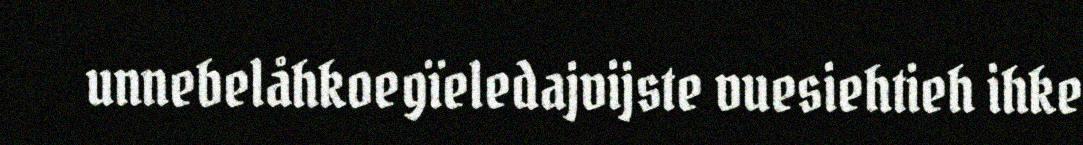
unnebelåhkoegïeledajvijste vuesiehtieh ihke